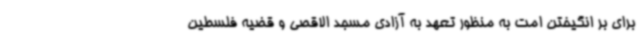
برای بر انگیختن امت به منظور تعهد به آزادی مسجد الاقصی و قضیه فلسطین